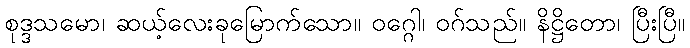
စုဒ္ဒသမော၊ ဆယ့်လေးခုမြောက်သော။ ဝဂ္ဂေါ၊ ဝဂ်သည်။ နိဋ္ဌိတော၊ ပြီးပြီ။